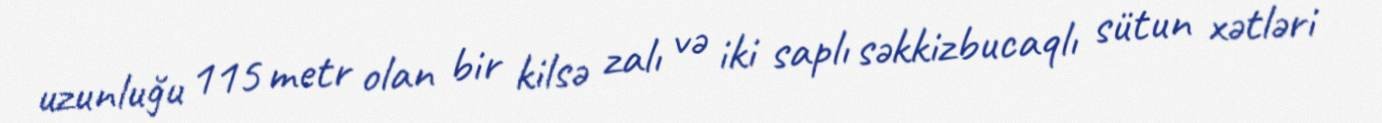
uzunluğu 115 metr olan bir kilsə zalı və iki saplı səkkizbucaqlı sütun xətləri